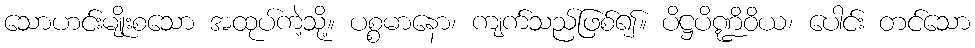
သောဟင်းမျိုးစသော အထုပ်ကဲ့သို့။ ပစ္စမာနော၊ ကျက်သည်ဖြစ်၍။ ပိဋ္ဌပိဏ္ဍိဝိယ၊ ပေါင်း တင်သော